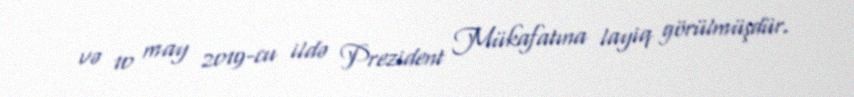
və 10 may 2019-cu ildə Prezident Mükafatına layiq görülmüşdür.